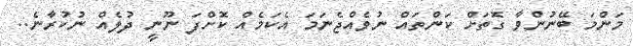
މަންމަ ބޭނުންވާ ގޮތަށް ކަންތައް ނުވެއްޖެނަމަ އެކަމެއް ކޮށްފަ ނޫނީ ދުލެއް ނުކުރާނެ..